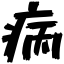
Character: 病